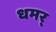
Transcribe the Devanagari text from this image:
धमर्